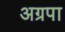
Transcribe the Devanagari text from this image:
अग्रपा